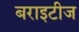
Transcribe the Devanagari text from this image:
बराइटीज